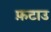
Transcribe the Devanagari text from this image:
फ़टाउ